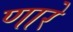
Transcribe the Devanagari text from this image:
णारे